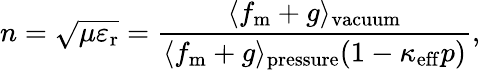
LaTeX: n=\sqrt{\mu\varepsilon_{\mathrm{r}}}=\frac{\langle f_{\mathrm{m}}+g\rangle_{\mathrm{vacuum}}}{\langle f_{\mathrm{m}}+g\rangle_{\mathrm{pressure}}(1-\kappa_{\mathrm{eff}}p)},